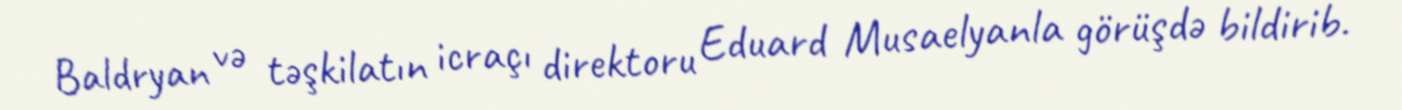
Baldryan və təşkilatın icraçı direktoru Eduard Musaelyanla görüşdə bildirib.